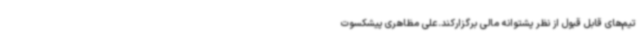
تیم‌های قابل قبول از نظر پشتوانه مالی برگزارکند.علی مظاهری پیشکسوت